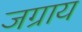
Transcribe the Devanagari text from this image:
जग्राय